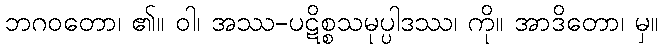
ဘဂဝတော၊ ၏။ ဝါ၊ အဿ-ပဋိစ္စသမုပ္ပါဒဿ၊ ကို။ အာဒိတော၊ မှ။